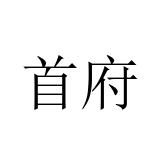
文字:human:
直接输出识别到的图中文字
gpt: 首府